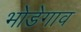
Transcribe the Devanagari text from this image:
भोडेगाव